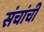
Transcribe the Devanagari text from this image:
संचांची